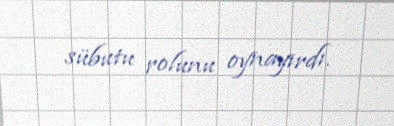
sübutu rolunu oynayırdı.